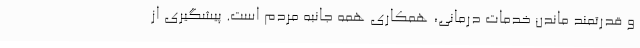
و قدرتمند ماندن خدمات درمانی، همکاری همه جانبه مردم است. پیشگیری از